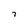
Character: 7